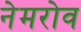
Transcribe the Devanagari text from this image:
नेमरोव